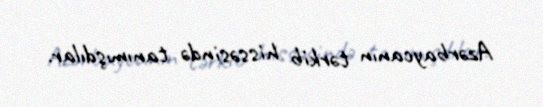
Azərbaycanın tərkib hissəsində tanımışdılar.